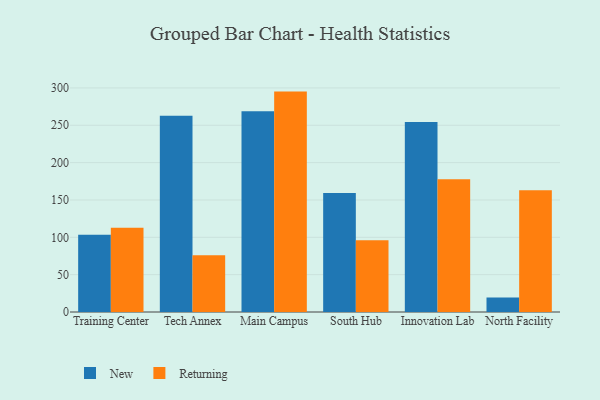
{"axis": {"x": "Campus", "y": "Temperature (°C)"}, "legend": ["New", "Returning"], "data": [{"x": "Training Center", "y": 103.3, "type": "New"}, {"x": "Training Center", "y": 112.9, "type": "Returning"}, {"x": "Tech Annex", "y": 262.6, "type": "New"}, {"x": "Tech Annex", "y": 75.9, "type": "Returning"}, {"x": "Main Campus", "y": 268.9, "type": "New"}, {"x": "Main Campus", "y": 295.1, "type": "Returning"}, {"x": "South Hub", "y": 159.3, "type": "New"}, {"x": "South Hub", "y": 96.2, "type": "Returning"}, {"x": "Innovation Lab", "y": 254.4, "type": "New"}, {"x": "Innovation Lab", "y": 177.8, "type": "Returning"}, {"x": "North Facility", "y": 19.3, "type": "New"}, {"x": "North Facility", "y": 162.9, "type": "Returning"}]}